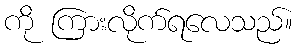
ကို ကြားလိုက်ရလေသည်။